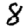
Digit: 8